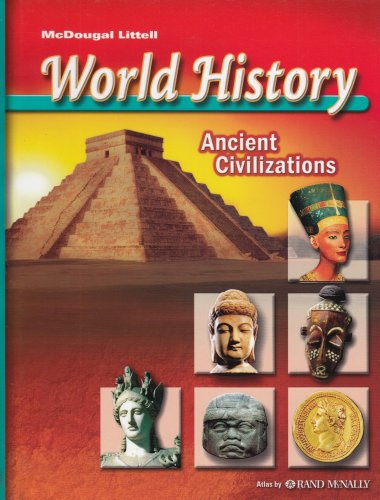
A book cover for World History: Ancient Civilizations; MCDOUGAL LITTEL; Teen & Young Adult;